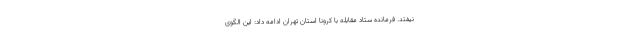
نیفتد. فرمانده ستاد مقابله با کرونا استان تهران ادامه داد: این الگوی